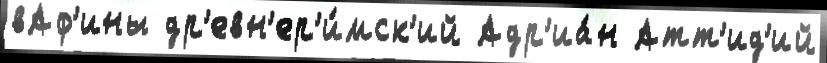
вАф'ины др'евн'ер'и́мск'ий Адр'иа́н Атт'ид'ий